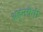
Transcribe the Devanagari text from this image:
अहुनवैती